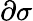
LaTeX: \partial\sigma